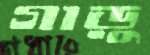
গাড়ু